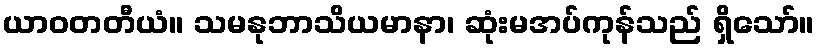
ယာဝတတီယံ။ သမနုဘာသိယမာနာ၊ ဆုံးမအပ်ကုန်သည် ရှိသော်။